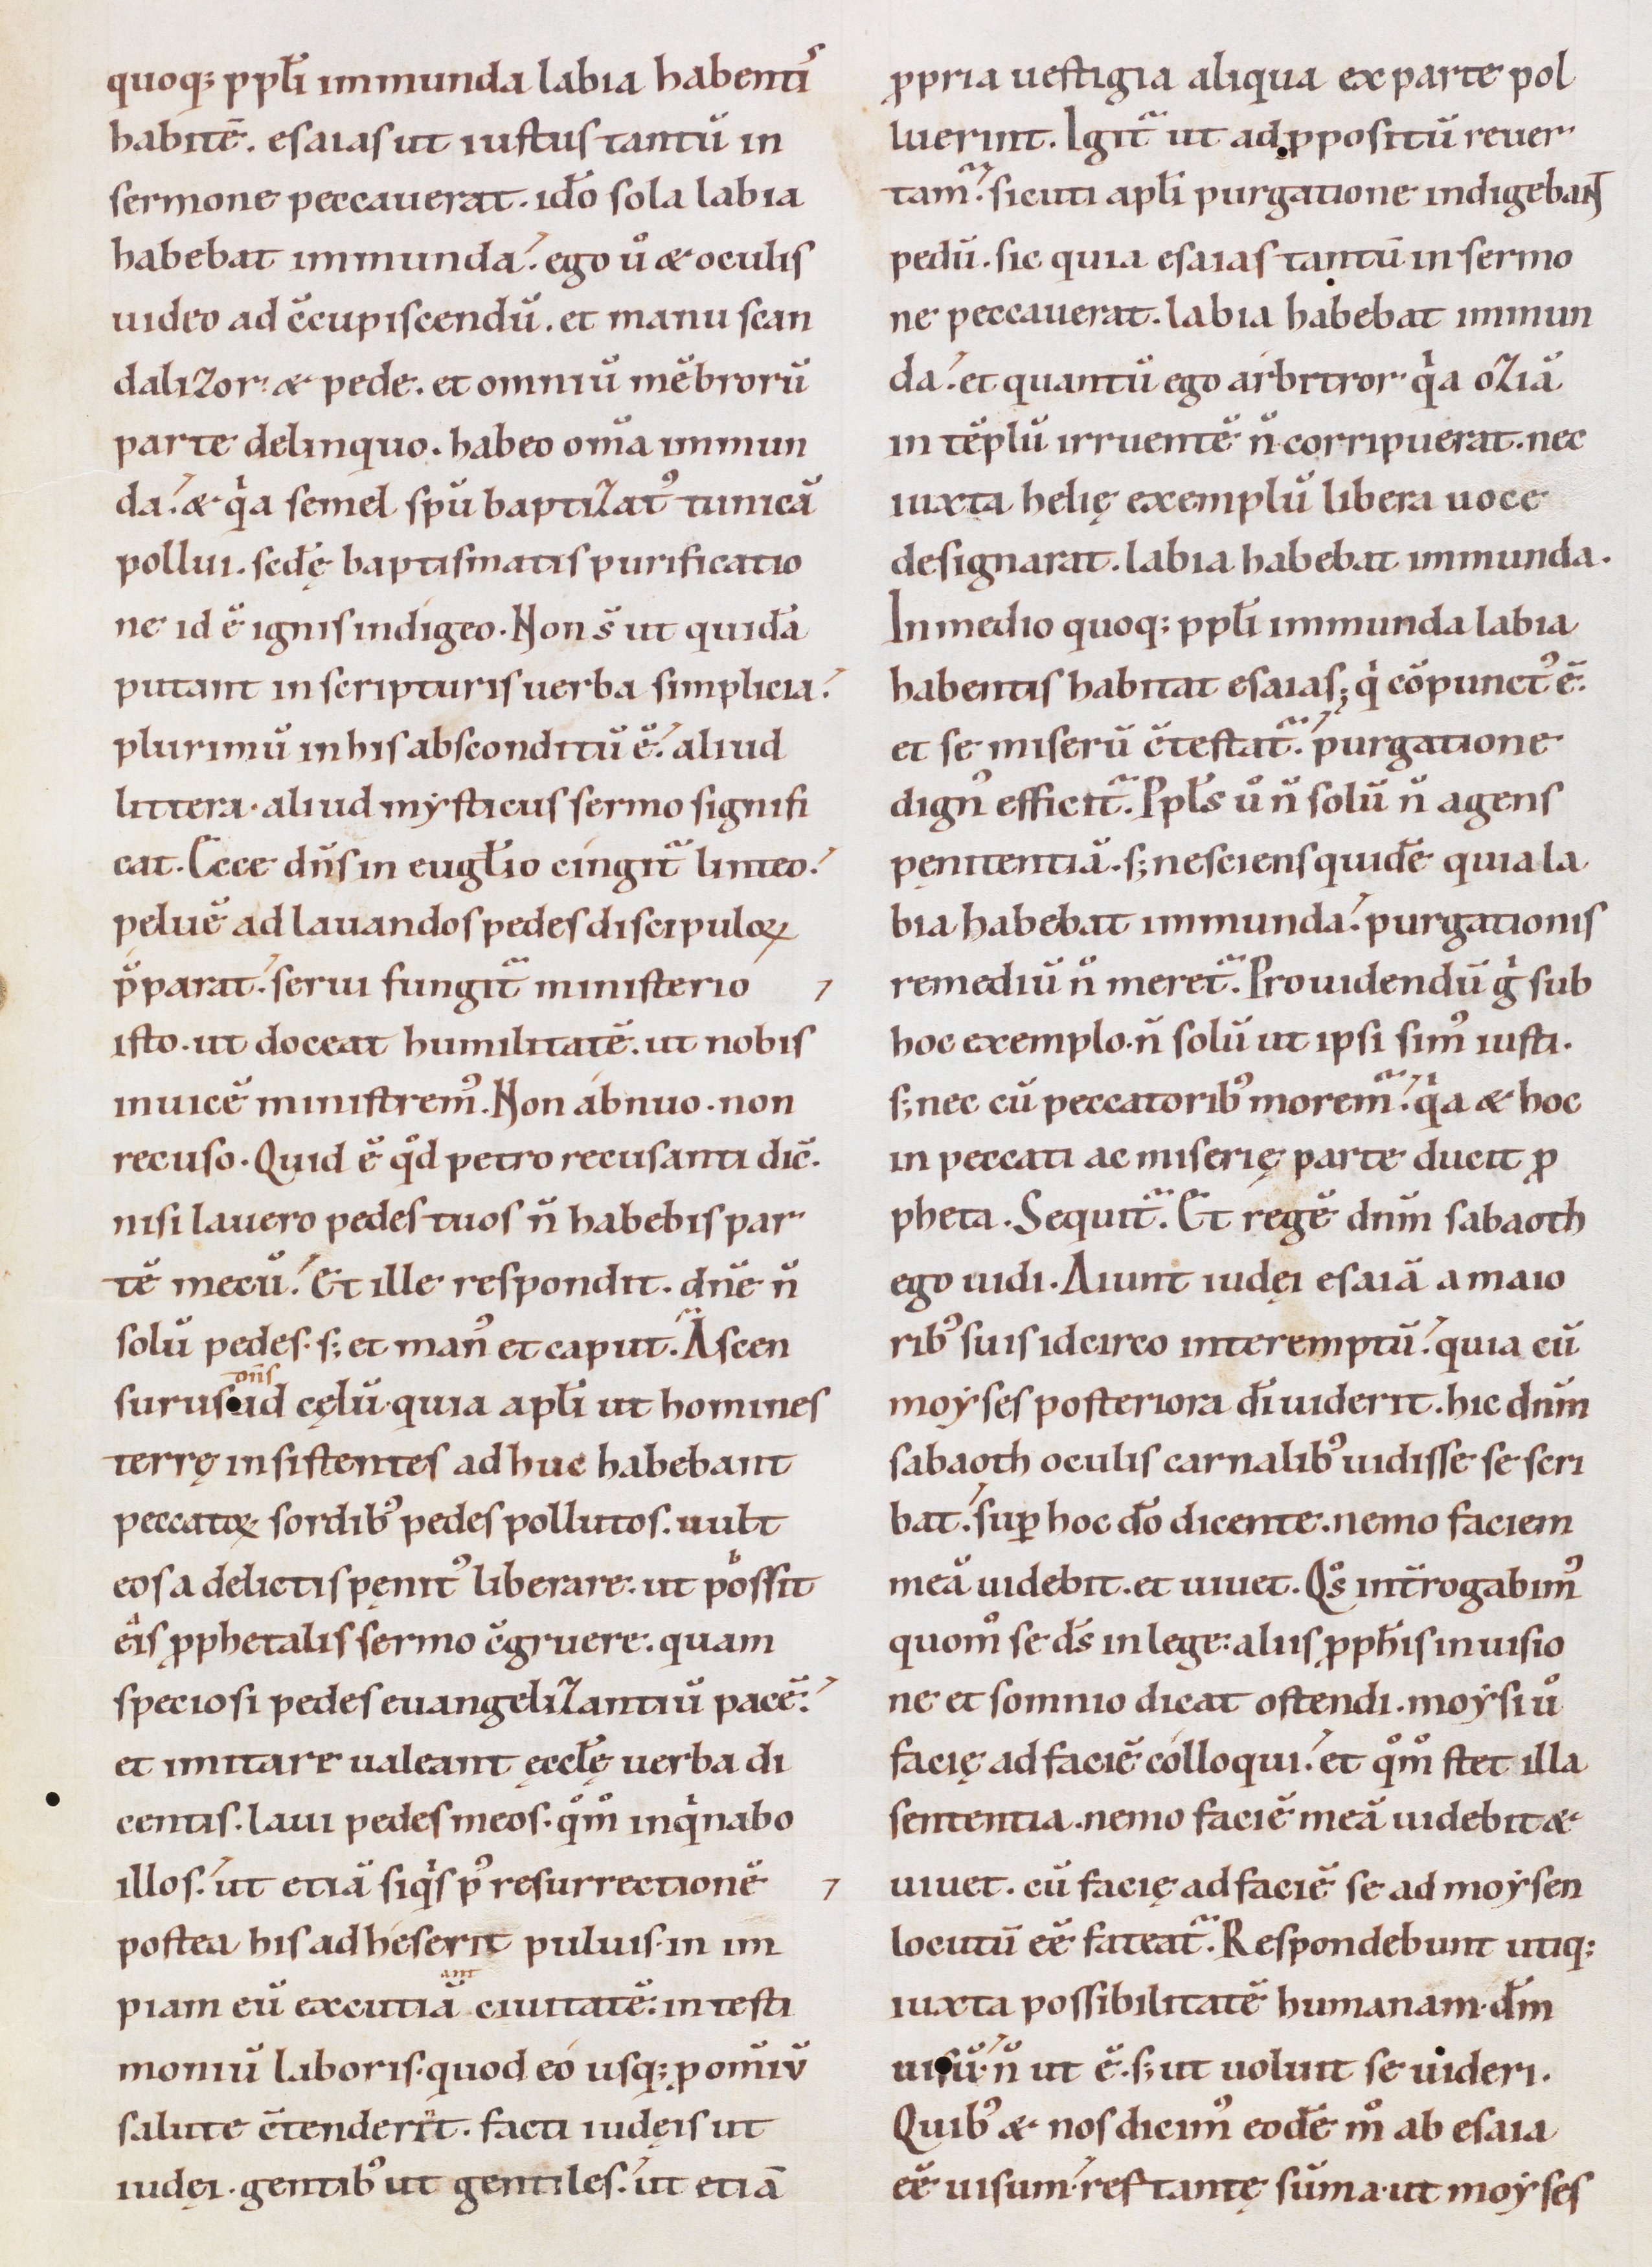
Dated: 1085–1115